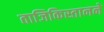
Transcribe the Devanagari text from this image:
ताजिकिस्तानने